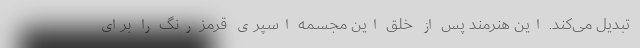
تبدیل می‌کند. این هنرمند پس از خلق این مجسمه اسپری قرمز رنگ را برای